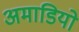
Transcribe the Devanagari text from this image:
अमाडियो